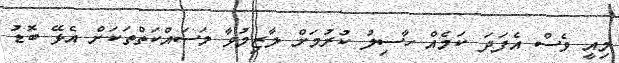
މިއީ ވެސް އެފަދަ ކަމެއް ހާސިލު ކުރުމަށް ލާޒިމުވާ މަސައްކަތްތަކަށް އެޅޭ ބޮޑު